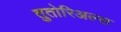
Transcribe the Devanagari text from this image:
तुतोरिअल्स